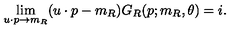
\lim _ { u \cdot p \to m _ { R } } ( u \cdot p - m _ { R } ) G _ { R } ( p ; m _ { R } , \theta ) = i .